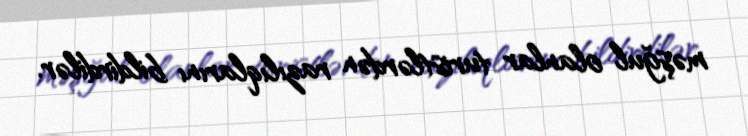
məşğul olanlar turistlərdən razılıqlarını bildirdilər.